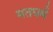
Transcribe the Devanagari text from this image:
मतधर्म